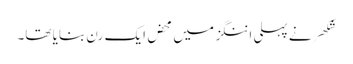
شکھر نے پہلی اننگز میں محض ایک رن بنایا تھا۔